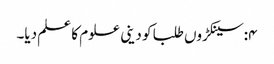
۴:سینکڑوں طلبا کو دینی علوم کا علم دیا۔